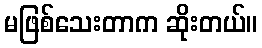
မဖြစ်သေးတာက ဆိုးတယ်။